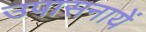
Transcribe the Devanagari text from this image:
उपासनायें